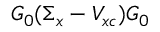
G _ { 0 } ( \Sigma _ { x } - V _ { x c } ) G _ { 0 }